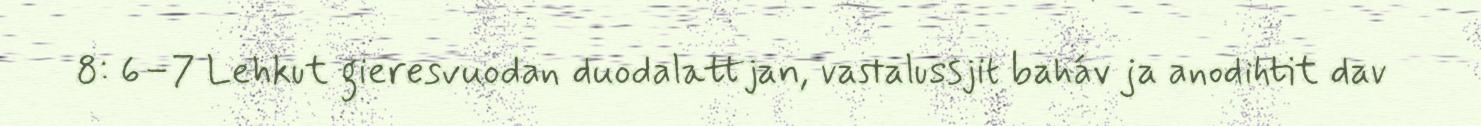
8: 6–7 Lehkut gieresvuodan duodalattjan, vastalussjit baháv ja anodihtit dav